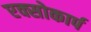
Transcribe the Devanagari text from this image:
एक्सोकार्प